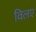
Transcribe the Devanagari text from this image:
विलए